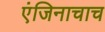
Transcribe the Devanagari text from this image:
एंजिनाचाच